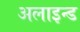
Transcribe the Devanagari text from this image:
अलाइन्ड